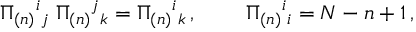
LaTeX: \Pi _ { ( n ) } { } ^ { i } { } _ { j } \; \Pi _ { ( n ) } { } ^ { j } { } _ { k } = \Pi _ { ( n ) } { } ^ { i } { } _ { k } \, , \; \; \; \; \; \; \; \; \Pi _ { ( n ) } { } ^ { i } { } _ { i } = N - n + 1 \, ,